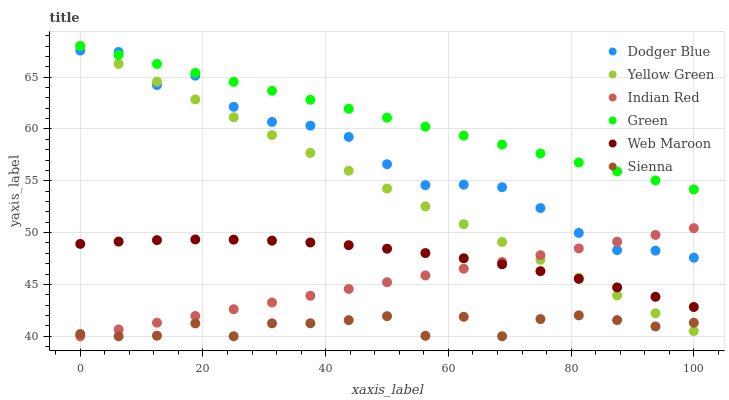
| xaxis_label | Dodger Blue | Yellow Green | Indian Red | Green | Web Maroon | Sienna |
 | --- | --- | --- | --- | --- | --- | --- |
 | 0 | 67.6 | 68 | 40 | 68 | 48.9 | 40.2 |
 | 6.25 | 67.4 | 66.3 | 40.7 | 67.1 | 49.1 | 40 |
 | 12.5 | 64.2 | 64.6 | 41.3 | 66.3 | 49.3 | 40.1 |
 | 18.8 | 65.1 | 62.8 | 42 | 65.4 | 49.3 | 41.2 |
 | 25 | 62.1 | 61.1 | 42.6 | 64.5 | 49.3 | 40 |
 | 31.2 | 60.7 | 59.4 | 43.3 | 63.7 | 49.2 | 41.2 |
 | 37.5 | 60.3 | 57.7 | 43.9 | 62.8 | 49 | 41.3 |
 | 43.8 | 59.2 | 56 | 44.6 | 61.9 | 48.8 | 41.6 |
 | 50 | 56.6 | 54.2 | 45.2 | 61.1 | 48.4 | 41.9 |
 | 56.2 | 54.6 | 52.5 | 45.9 | 60.2 | 48 | 40 |
 | 62.5 | 54.6 | 50.8 | 46.5 | 59.4 | 47.5 | 41.9 |
 | 68.8 | 54.4 | 49.1 | 47.2 | 58.5 | 46.9 | 40 |
 | 75 | 52.4 | 47.4 | 47.8 | 57.6 | 46.3 | 41.7 |
 | 81.2 | 50 | 45.7 | 48.5 | 56.8 | 45.5 | 42 |
 | 87.5 | 48.3 | 43.9 | 49.1 | 55.9 | 44.7 | 41.6 |
 | 93.8 | 48.3 | 42.2 | 49.8 | 55 | 43.8 | 40.9 |
 | 100 | 47.6 | 40.5 | 50.4 | 54.2 | 42.8 | 41.3 |